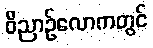
ဝိညာဉ်လောကတွင်